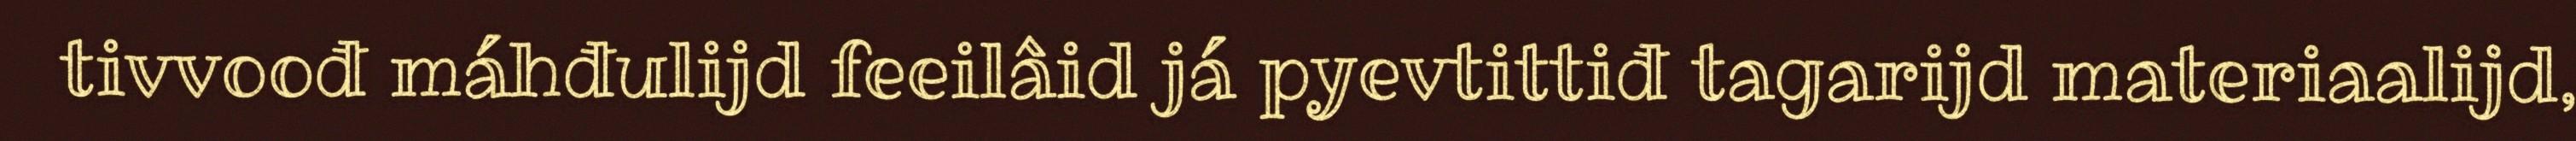
tivvoođ máhđulijd feeilâid já pyevtittiđ tagarijd materiaalijd,